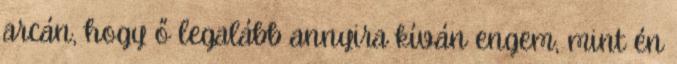
arcán, hogy ő legalább annyira kíván engem, mint én